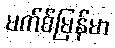
မက်စ်မြန်မာ